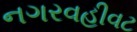
નગરવહીવટ